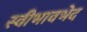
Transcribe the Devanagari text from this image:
स्वीभावभेद